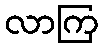
လာကြ